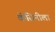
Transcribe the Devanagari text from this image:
कॅसिनीला